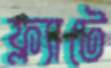
ফ্ল্যাটে